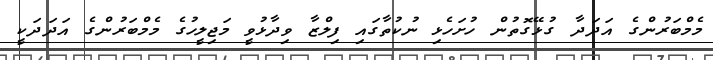
މެމްބަރުންގެ އަދަދާ ގުޅޭގޮތުން ހުށަހެޅި ނުކުތާގައި ފިލްޒާ ވިދާޅުވީ މަޖިލީހުގެ މެމްބަރުންގެ އަދަދަކީ